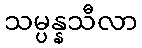
သမ္ပန္နသီလာ